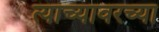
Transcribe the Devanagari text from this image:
त्यांच्यावरच्या